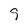
Character: 9